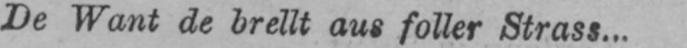
De Want de brellt aus foller Strass...